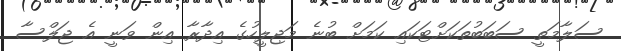
ސަލާމަތީ ސަބަބުތަކަށްޓަކައި ކަމަށް ބުނެ މަޖިލީހުގެ އިދާރާ އިން ވަނީ އެ ޖަލްސާ